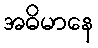
အဓိမာနေ